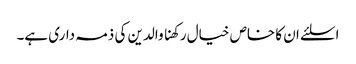
اسلئے ان کا خاص خیال رکھنا والدین کی ذمہ داری ہے۔